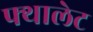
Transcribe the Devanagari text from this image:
फ्थालेट